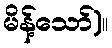
မိန့်သော်)။